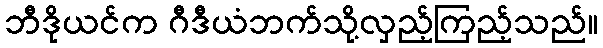
ဘီဒိုယင်က ဂီဒီယံဘက်သို့လှည့်ကြည့်သည်။